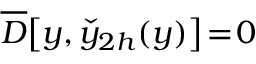
\overline { { \cal D } } \big [ y , \check { y } _ { 2 h } ( y ) \big ] \! = \! 0